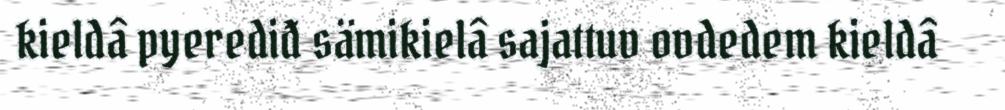
kieldâ pyerediđ sämikielâ sajattuv ovdedem kieldâ